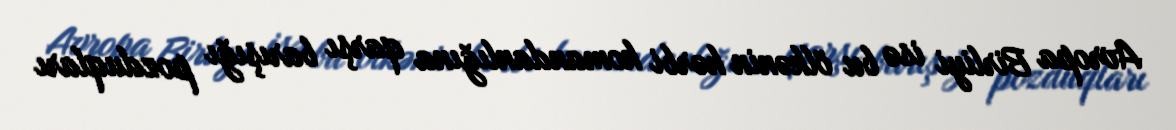
Avropa Birliyi isə bu ölkənin hərbi komandanlığına qarşı barışığı pozduqları